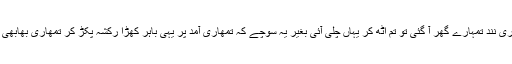
انہوں نے کافی سخت لہجے میں اس سے پوچھا تمھاری نند تمہارے گھر آ گئی تو تم اٹھ کر یہاں چلی آئی بغیر یہ سوچے کہ تمھاری آمد پر یہی باہر کھڑا رکشہ پکڑ کر تمھاری بھابھی اپنی ماں کے گھر چلی جائے تو تم کو کیسا لگے گا؟